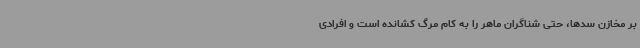
بر مخازن سدها، حتی شناگران ماهر را به کام مرگ کشانده است و افرادی